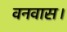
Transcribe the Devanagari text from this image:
वनवास।